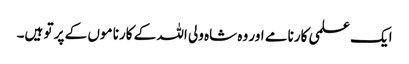
ایک علمی کارنامے اور وہ شاہ ولی اللہ کے کارنا موں کے پر تو ہیں۔